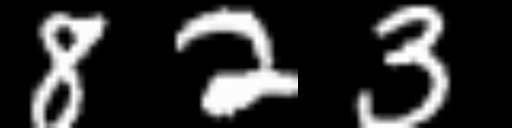
Text: 823